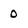
Character: 0